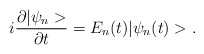
\begin{align*}i\frac{\partial |\psi_{n}>}{\partial t}=E_{n}(t)|\psi_{n}(t)>.\end{align*}